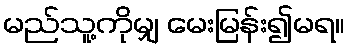
မည်သူ့ကိုမျှ မေးမြန်း၍မရ။